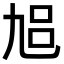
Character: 𠃳